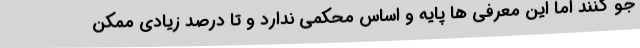
جو کنند اما این معرفی ها پایه و اساس محکمی ندارد و تا درصد زیادی ممکن